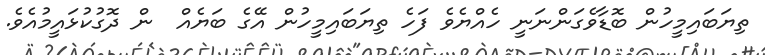
ތިޔަބައިމީހުން ބޮޑާވެގަންނަނީ ހެއްޔެވެ ފަހެ ތިޔަބައިމީހުން އޭގެ ބަޔެއް  ން ދޮގުކުޅައީމުއެވެ.